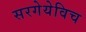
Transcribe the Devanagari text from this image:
सरगेयेविच